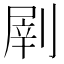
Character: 𠞂